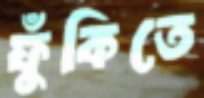
ফুঁকিতে